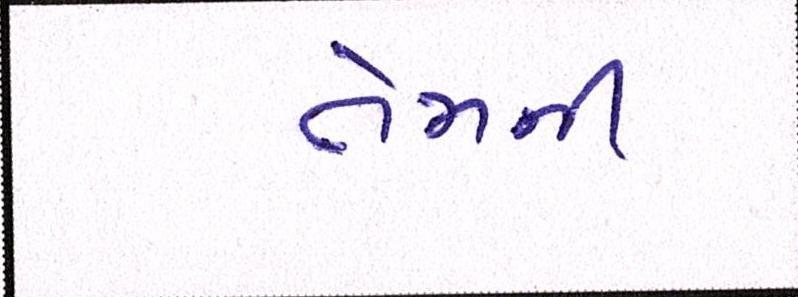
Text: તેમની